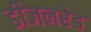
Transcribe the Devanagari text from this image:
डीजनरेड